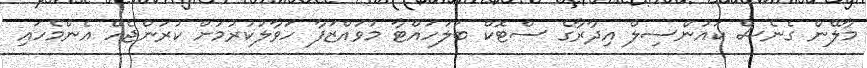
މާލޭން ގެނެސް ކައުންސިލް އިދާރާގެ ސްޓޮކް ބަލަހައްޓާ މުވައްޒަފާ ހަވާލުކުރުމަށް ކުރަންޖެހޭ އެންމެހައި